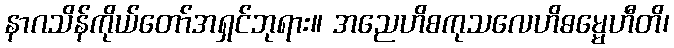
နာဂသိန်ကိုယ်တော်အရှင်ဘုရား။ အညေဟိစကုသလေဟိဓမ္မေဟီတိ၊